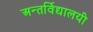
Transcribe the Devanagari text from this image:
अन्तर्विद्यालयी